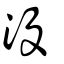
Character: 沒